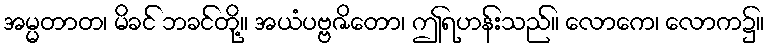
အမ္မတာတ၊ မိခင် ဘခင်တို့။ အယံပဗ္ဗဇိတော၊ ဤရဟန်းသည်။ လောကေ၊ လောက၌။